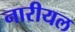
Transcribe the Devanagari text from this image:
नारीयल